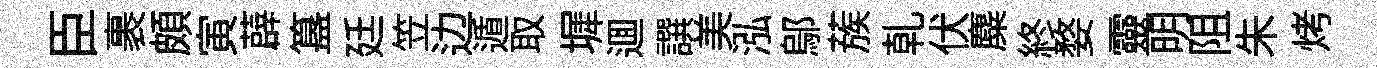
臣裹頗寅薜簋廷笠边遁取墀逥譔美泓鄔蔟乹伏麋終婺靈明阻朱烤